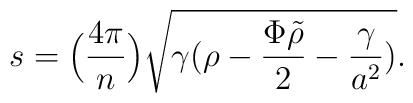
s = \Big({4 \pi\over n}\Big) \sqrt {\gamma (\rho - {\Phi \tilde \rho\over 2} - {\gamma\over {a^2}})}.